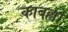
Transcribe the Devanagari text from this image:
काबल्लो